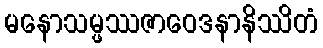
မနောသမ္ဖဿဇာဝေဒနာနိဿိတံ